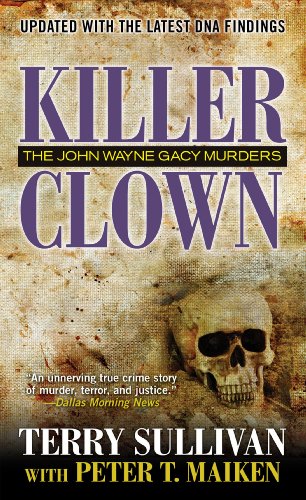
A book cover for Killer Clown; Terri Sullivan; Biographies & Memoirs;